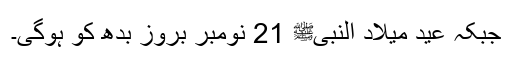
جبکہ عید میلاد النبیﷺ 21 نومبر بروز بدھ کو ہوگی۔